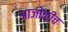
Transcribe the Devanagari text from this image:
आजोळीच